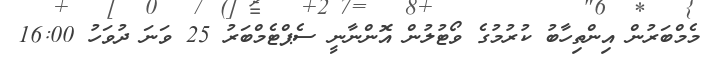
މެމްބަރުން އިންތިހާބު ކުރުމުގެ ވޯޓުލުން އޮންނާނީ ސެޕްޓެމްބަރު 25 ވަނަ ދުވަހު 16:00